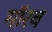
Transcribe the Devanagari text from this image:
गॉरव